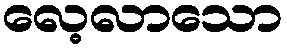
လေ့လာသော